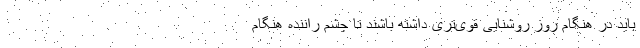
باید در هنگام روز روشنایی قوی‌تری داشته باشند تا چشم راننده هنگام